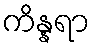
ကိန္နရာ